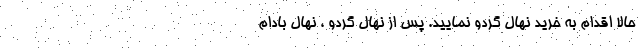
حالا اقدام به خرید نهال گردو نمایید. پس از نهال گردو ، نهال بادام